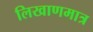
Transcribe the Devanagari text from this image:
लिखाणमात्र